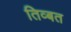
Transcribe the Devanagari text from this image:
तिव्बत